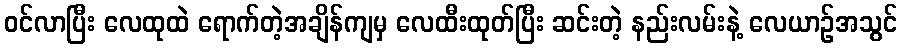
ဝင်လာပြီး လေထုထဲ ရောက်တဲ့အချိန်ကျမှ လေထီးထုတ်ပြီး ဆင်းတဲ့ နည်းလမ်းနဲ့ လေယာဉ်အသွင်